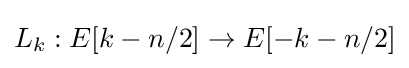
L_{k}:E[k-n/2]\to E[-k-n/2]